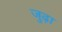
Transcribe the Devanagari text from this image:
जुढ़ा